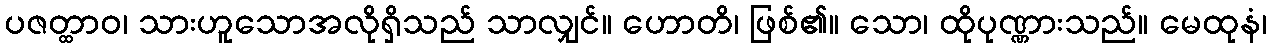
ပဇတ္ထာဝ၊ သားဟူသောအလိုရှိသည် သာလျှင်။ ဟောတိ၊ ဖြစ်၏။ သော၊ ထိုပုဏ္ဏားသည်။ မေထုနံ၊